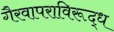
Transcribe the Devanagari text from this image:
गैरवापराविरूद्ध